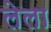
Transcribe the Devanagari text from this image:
लेला